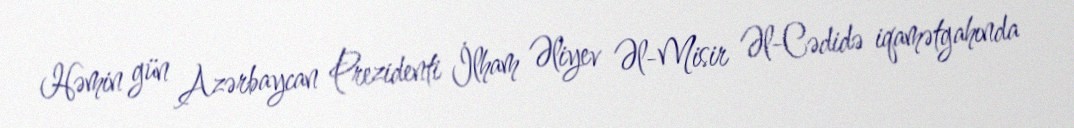
Həmin gün Azərbaycan Prezidenti İlham Əliyev Əl-Misir Əl-Cədidə iqamətgahında